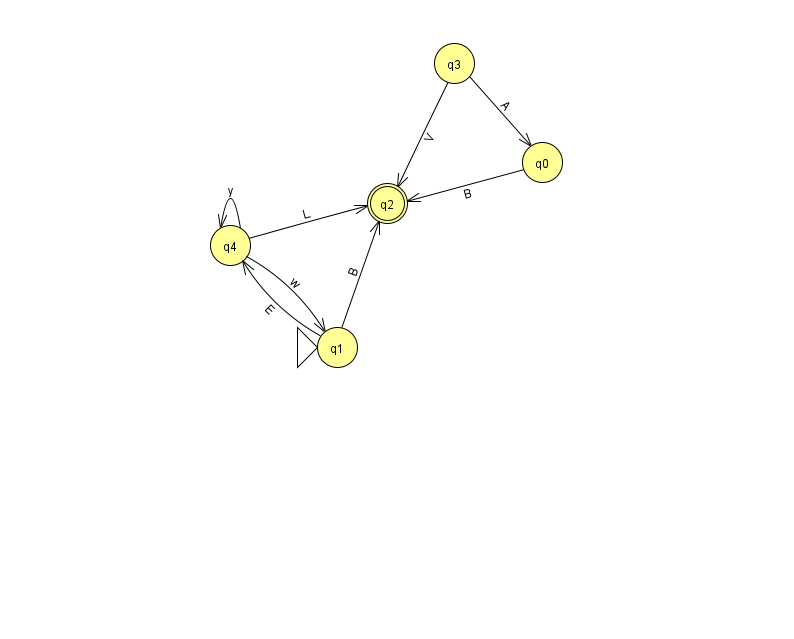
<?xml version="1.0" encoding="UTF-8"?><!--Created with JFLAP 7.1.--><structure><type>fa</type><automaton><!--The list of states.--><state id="0" name="q0"><x>542.0</x><y>149.0</y></state><state id="1" name="q1"><x>337.0</x><y>334.0</y><initial/></state><state id="2" name="q2"><x>387.0</x><y>190.0</y><final/></state><state id="3" name="q3"><x>454.0</x><y>50.0</y></state><state id="4" name="q4"><x>230.0</x><y>232.0</y></state><!--The list of transitions.--><transition><from>3</from><to>0</to><read>A</read></transition><transition><from>1</from><to>4</to><read>E</read></transition><transition><from>4</from><to>4</to><read>y</read></transition><transition><from>4</from><to>1</to><read>w</read></transition><transition><from>0</from><to>2</to><read>B</read></transition><transition><from>4</from><to>2</to><read>L</read></transition><transition><from>1</from><to>2</to><read>B</read></transition><transition><from>3</from><to>2</to><read>V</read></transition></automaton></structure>